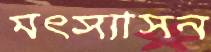
মৎস্যাসন